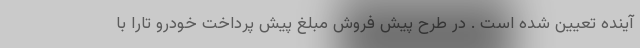
آینده تعیین شده است . در طرح پیش فروش مبلغ پیش پرداخت خودرو تارا با